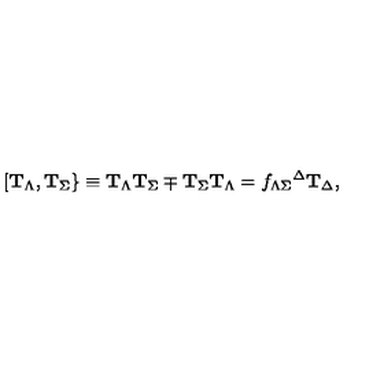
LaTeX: { } [ { \bf T } _ { \Lambda } , { \bf T } _ { \Sigma } \} \equiv { \bf T } _ { \Lambda } { \bf T } _ { \Sigma } \mp { \bf T } _ { \Sigma } { \bf T } _ { \Lambda } = f _ { \Lambda \Sigma } { } ^ { \Delta } { \bf T } _ { \Delta } ,